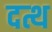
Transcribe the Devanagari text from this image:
दत्थ